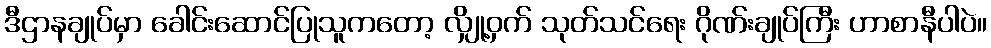
ဒီဌာနချုပ်မှာ ခေါင်းဆောင်ပြုသူကတော့ လျှို့ဝှက် သုတ်သင်ရေး ဂိုဏ်းချုပ်ကြီး ဟာစာနီပါပဲ။